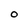
Character: 0